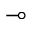
\multimap